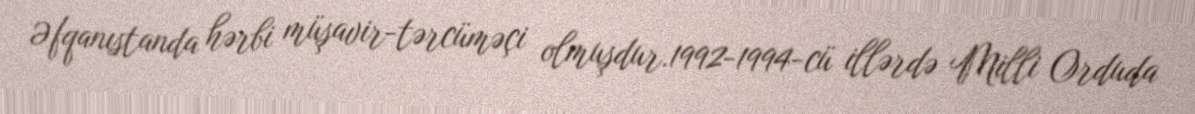
Əfqanıstanda hərbi müşavir-tərcüməçi olmuşdur.1992-1994-cü illərdə Milli Orduda